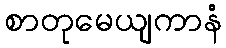
စာတုမေယျကာနံ